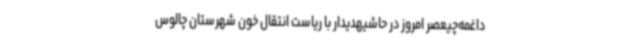
داغمه‌چیعصر امروز در حاشیهدیدار با ریاست انتقال خون شهرستان چالوس